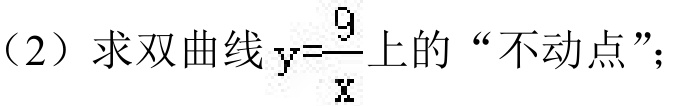
（2）求双曲线\(y = \frac{9}{x}\)上的“不动点”；